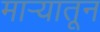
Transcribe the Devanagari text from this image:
मार्‍यातून